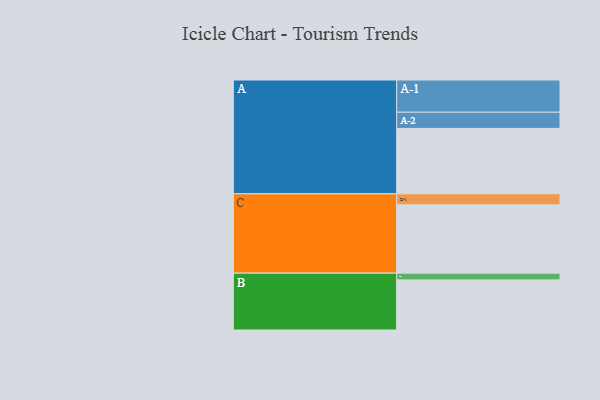
{"axis": {"x": "Segment", "y": "Value"}, "legend": ["", "A", "B", "C"], "data": [{"x": "A", "y": 552, "type": ""}, {"x": "B", "y": 423, "type": ""}, {"x": "C", "y": 577, "type": ""}, {"x": "A-1", "y": 272, "type": "A"}, {"x": "A-2", "y": 137, "type": "A"}, {"x": "B-1", "y": 57, "type": "B"}, {"x": "C-1", "y": 93, "type": "C"}]}